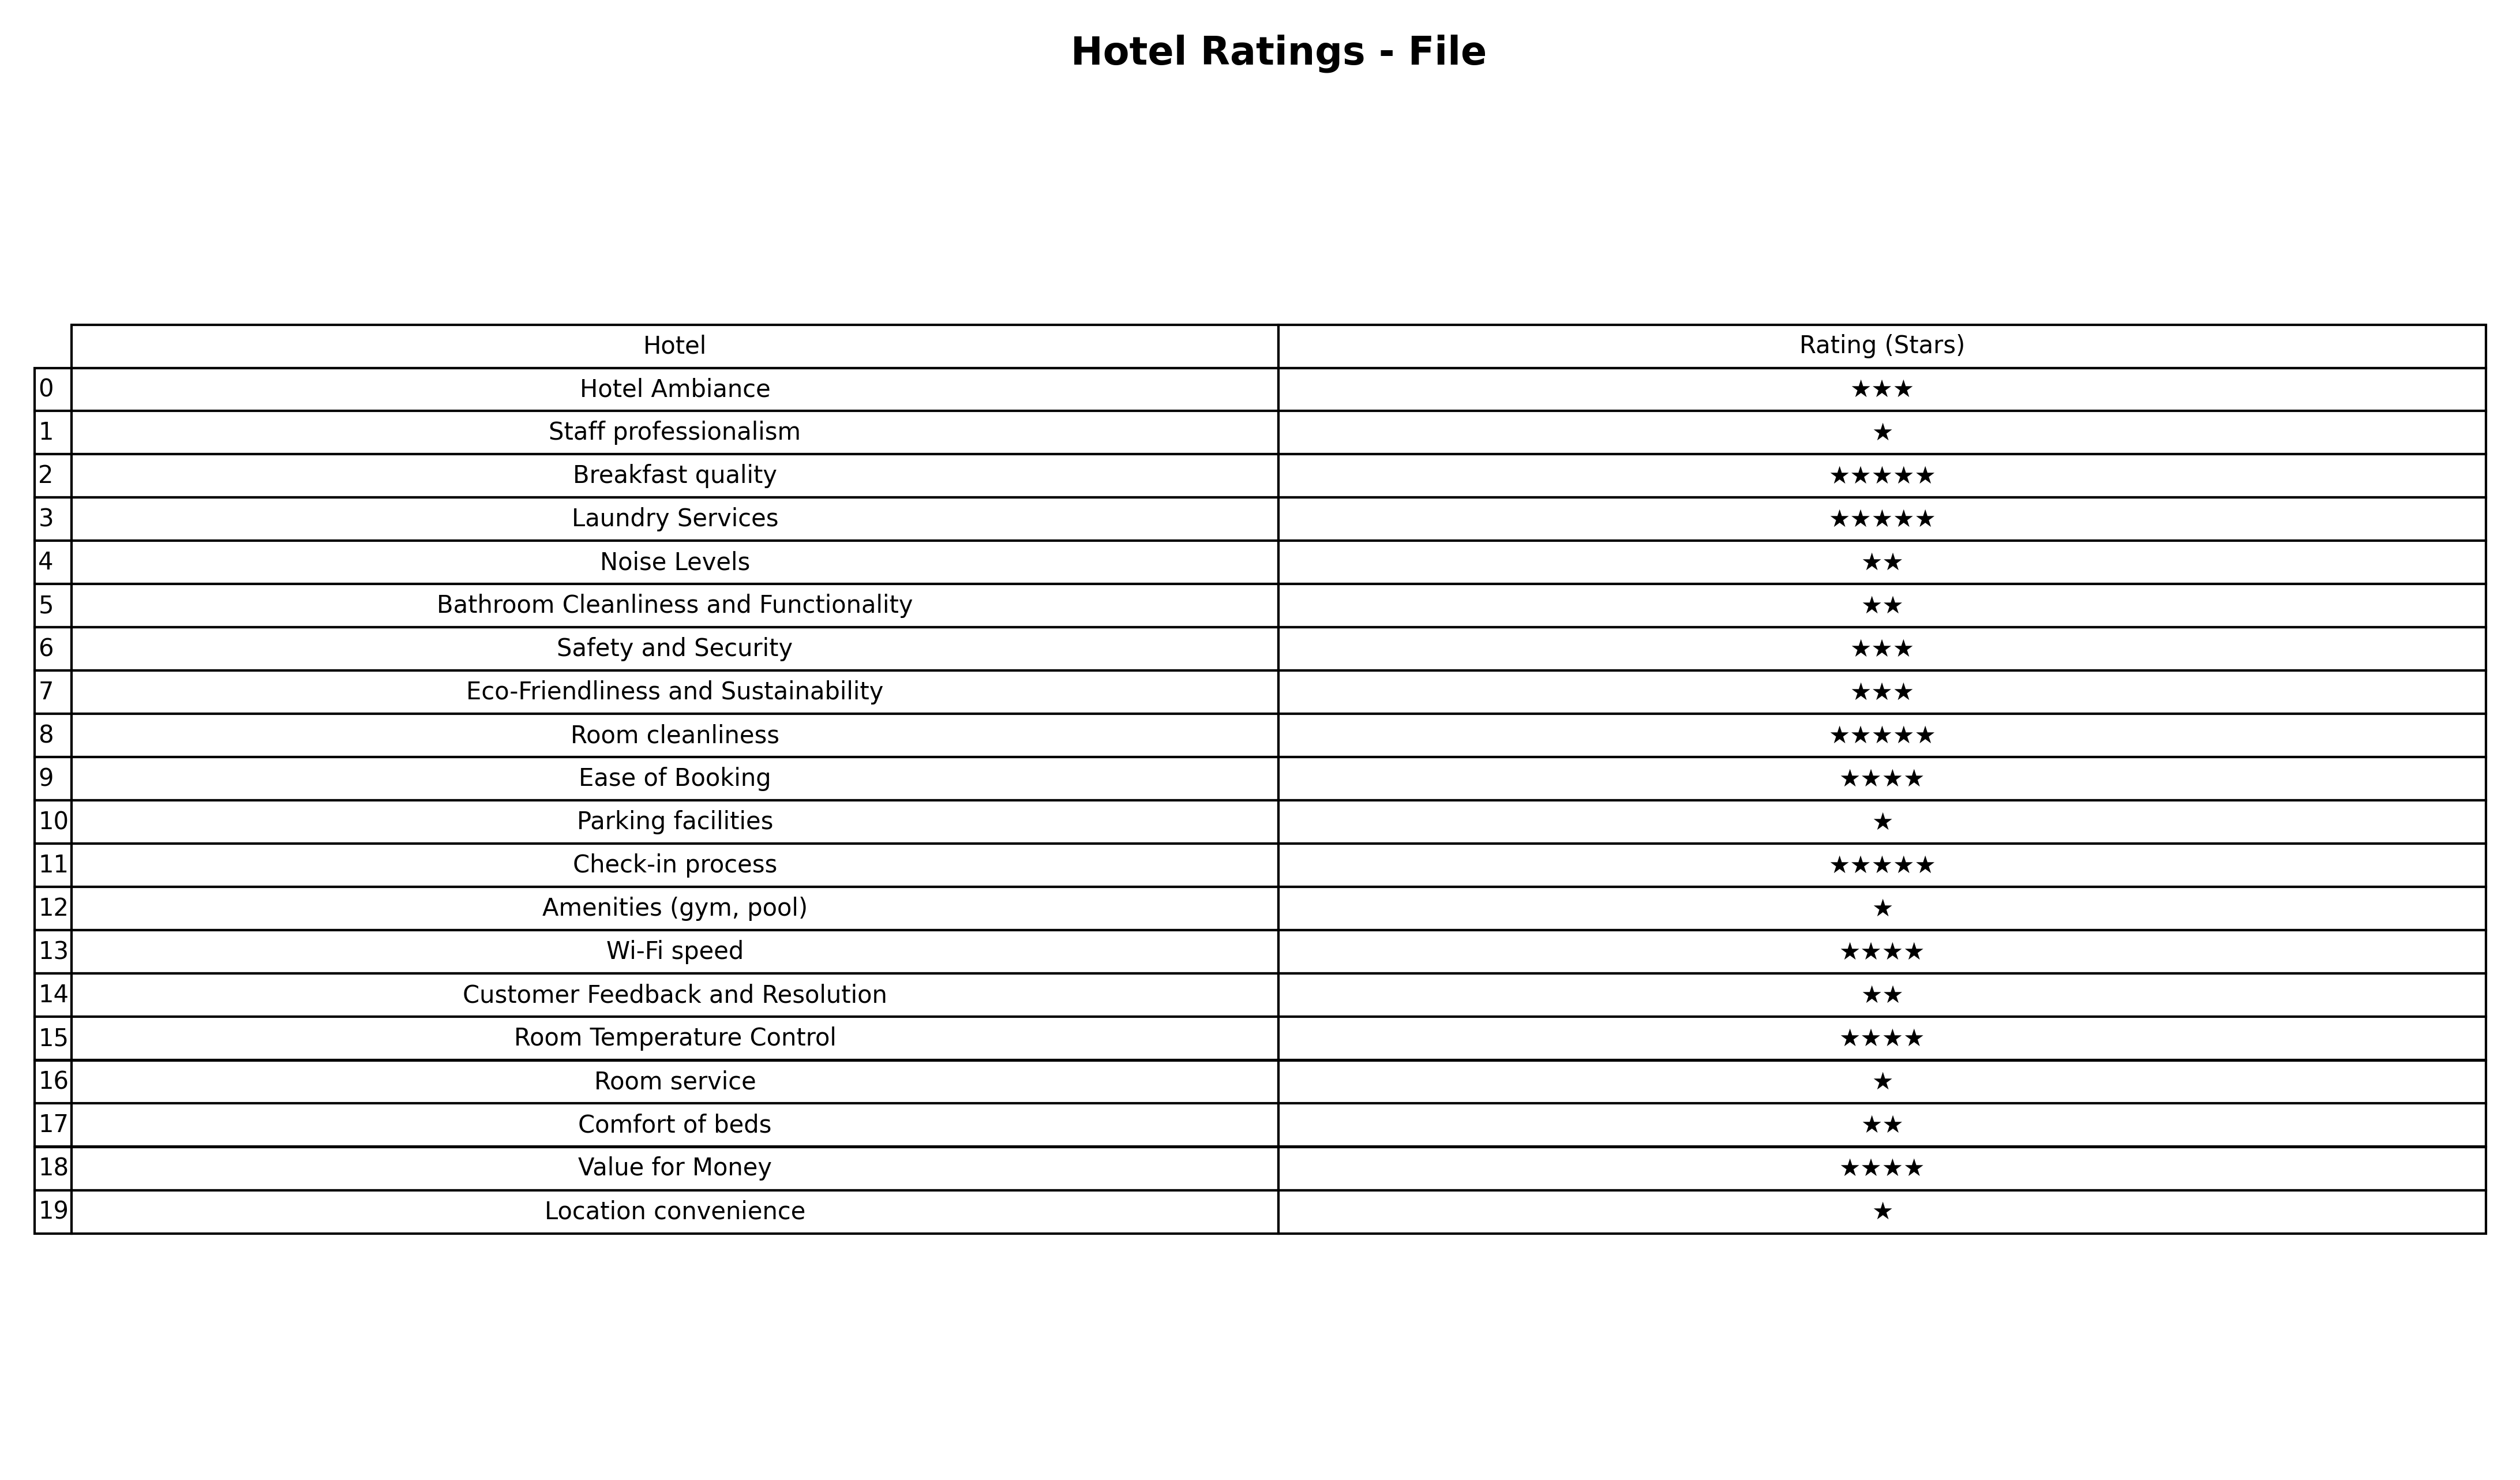
question: What is the rating of Safety and Security?
answer: ★★★